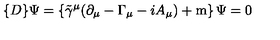
\{ D \} \Psi = \left\{ { \tilde { \gamma } } ^ { \mu } ( \partial _ { \mu } - \Gamma _ { \mu } - i A _ { \mu } ) + \mathrm { m } \right\} \Psi = 0